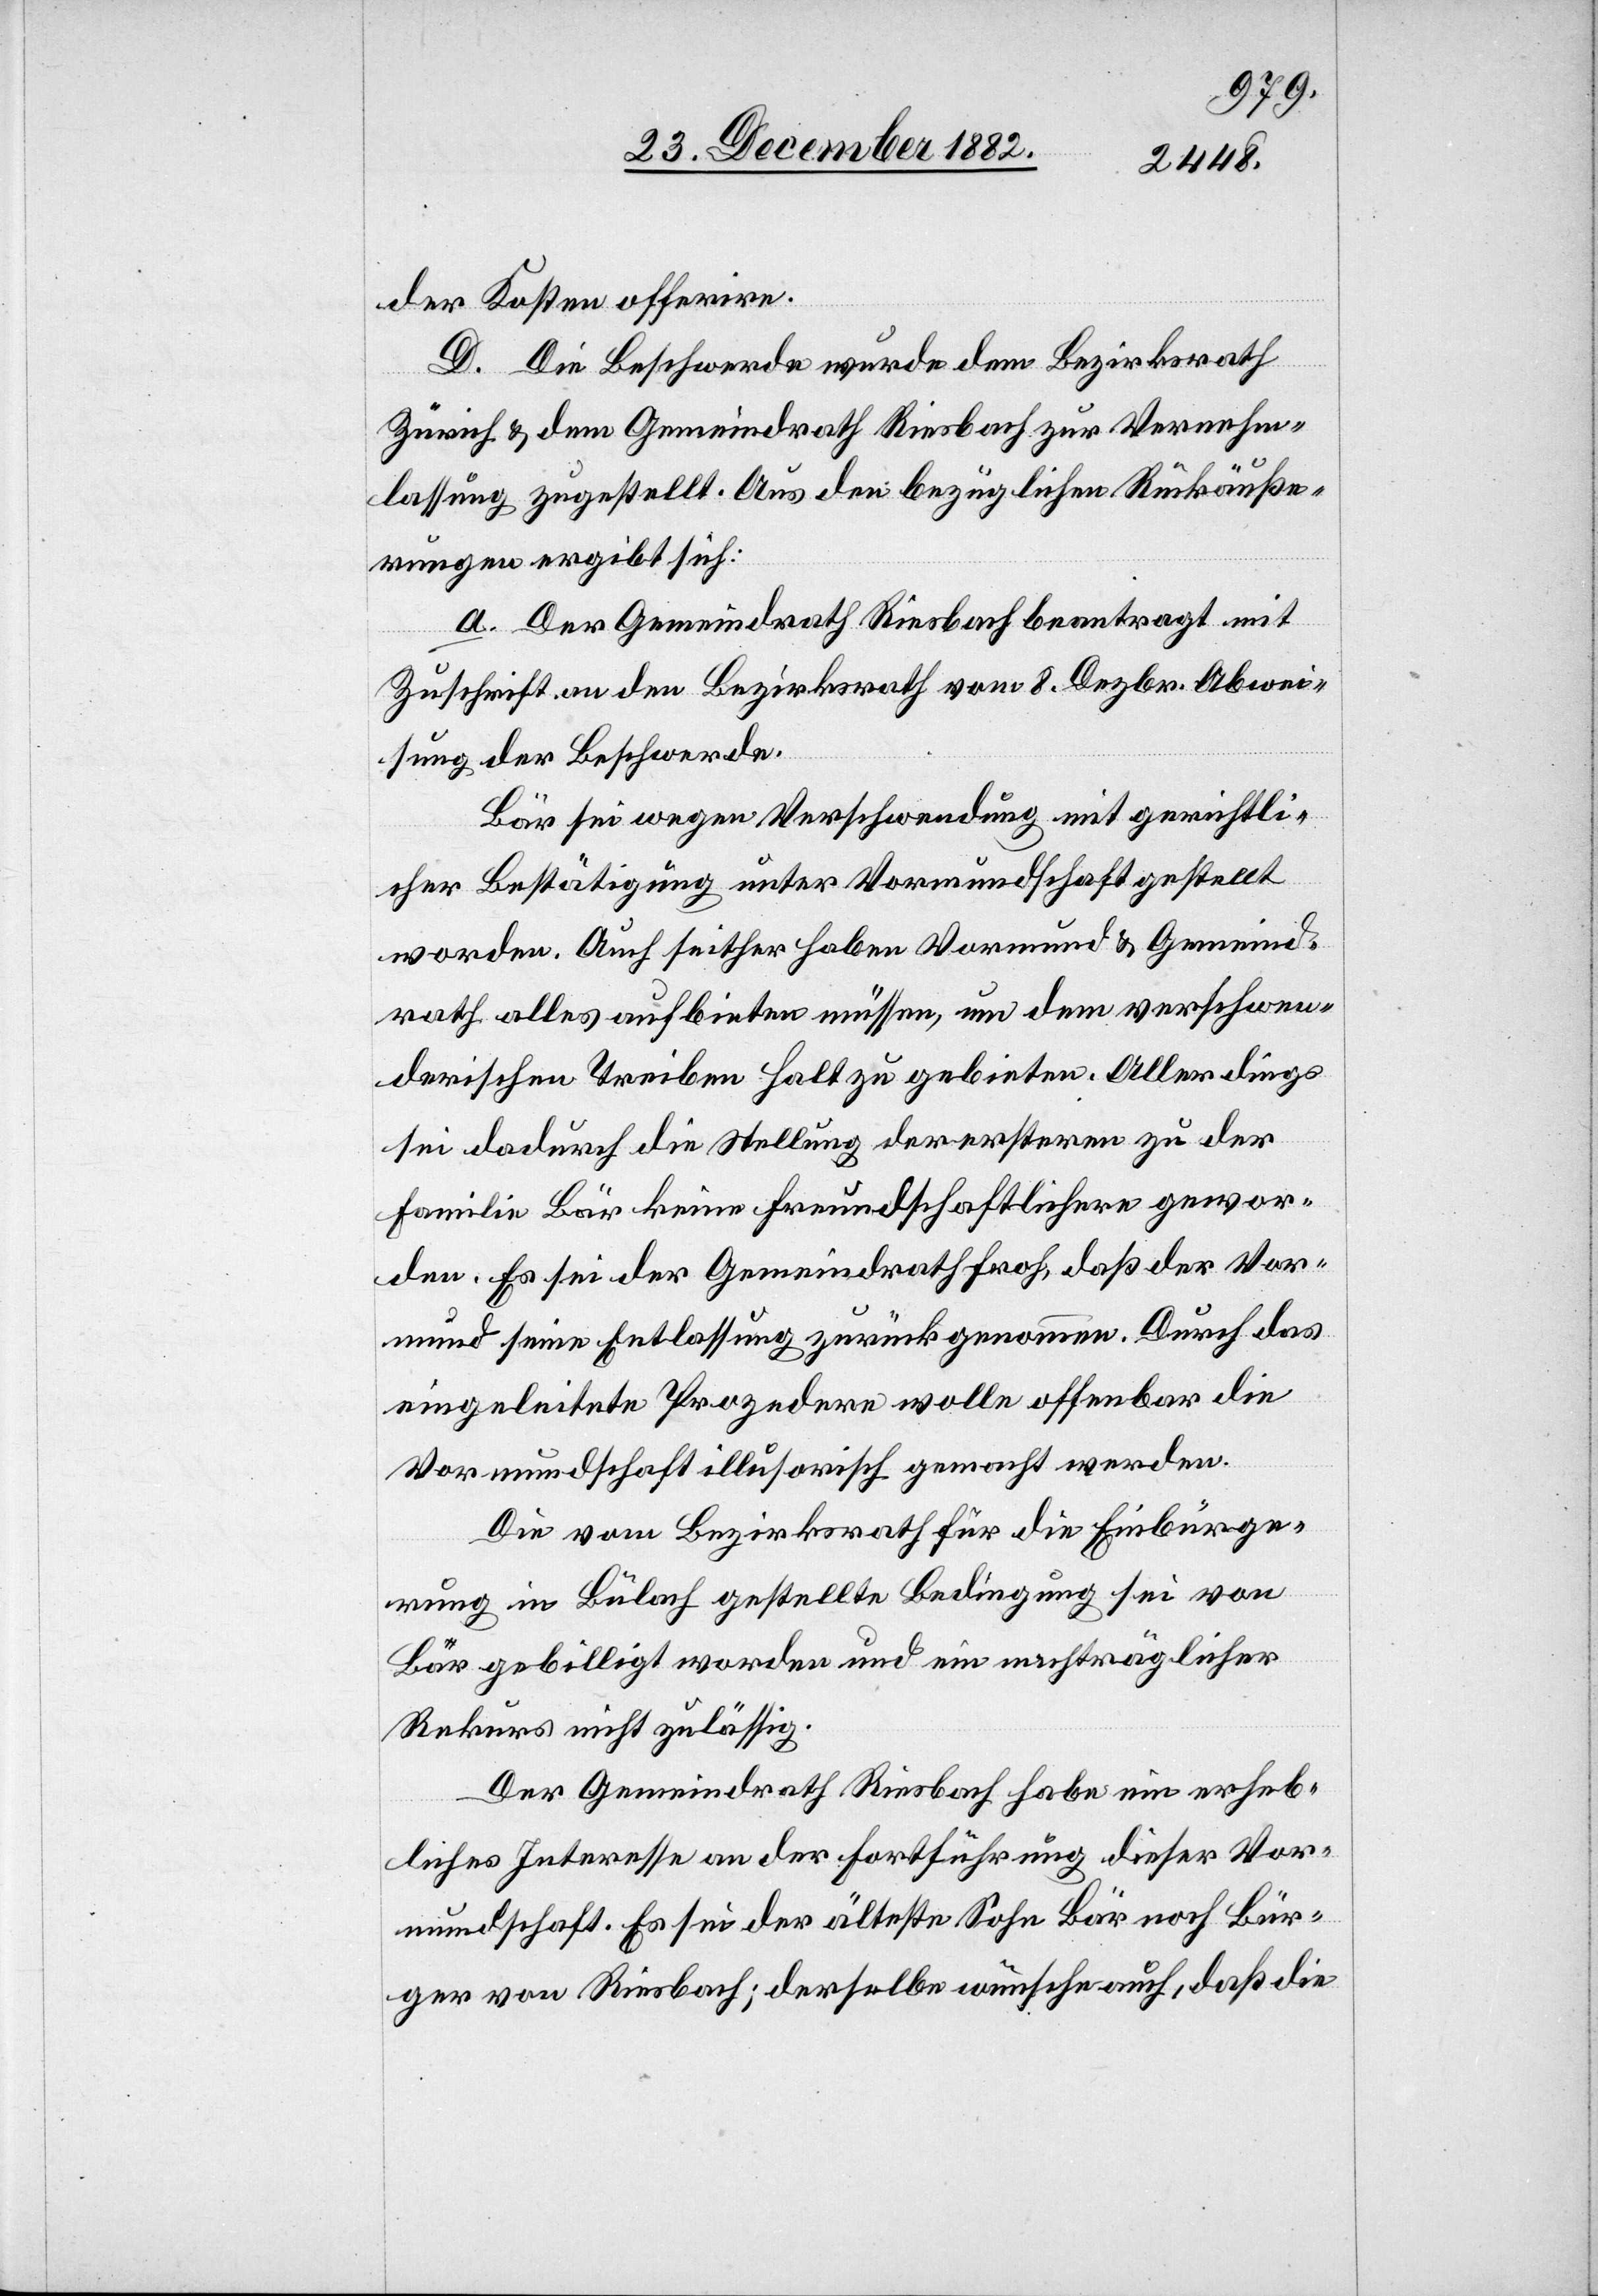
der Kosten offerire.
D. Die Beschwerde wurde dem Bezirksrath
Zürich & dem Gemeindrath Riesbach zur Vernehm¬
lassung zugestellt. Aus den bezüglichen Rückäuße¬
rungen ergibt sich:
a. Der Gemeindrath Riesbach beantragt mit
Zuschrift an den Bezirksrath vom 8. Dezbr. Abwei¬
sung der Beschwerde.
Bär sei wegen Verschwendung mit gerichtli¬
cher Bestätigung unter Vormundschaft gestellt
worden. Auch seither haben Vormund & Gemeind¬
rath alles aufbieten müssen, um dem verschwen¬
derischen Treiben Halt zu gebieten. Allerdings
sei dadurch die Stellung der erstern zu der
Familie Bär keine freundschaftlichere gewor¬
den. Es sei der Gemeindrath froh, daß der Vor¬
mund seine Entlassung zurück genommen. Durch das
eingeleitete Prozedere wolle offenbar die
Vormundschaft illusorisch gemacht werden.
Die vom Bezirksrath für die Einbürge¬
rung in Bülach gestellte Bedingung sei von
Bär gebilligt worden und ein nachträglicher
Rekurs nicht zulässig.
Der Gemeindrath Riesbach habe ein erheb¬
liches Interesse an der Fortführung dieser Vor¬
mundschaft. Es sei der älteste Sohn Bär noch Bür¬
ger von Riesbach; derselbe wünsche auch, daß die